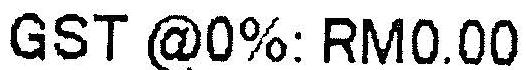
GST @0%: RM0.00